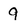
Character: 9